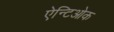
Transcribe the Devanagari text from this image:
ऐन्टिओक